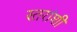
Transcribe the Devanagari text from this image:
स्तरांशी